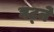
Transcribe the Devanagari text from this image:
घट्ने